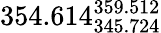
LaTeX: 354.614_{345.724}^{359.512}